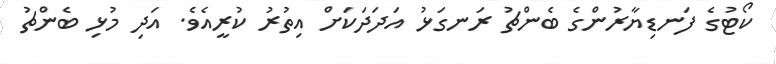
ކޯޓުގެ ފަނޑިޔާރުންގެ ބެންޗު ރަނގަޅު އަދަދަކަށް އިތުރު ކުރީއެވެ. އަދި މުޅި ބެންޗު